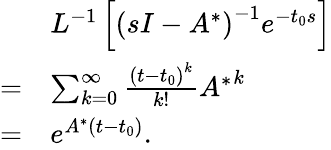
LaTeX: \begin{array}{rl}&{{L^{-1}}\left[{{{\left({sI-{A^{*}}}\right)}^{-1}}{e^{-{t_{0}s}}}}\right]}\\ {=}&{\sum_{k=0}^{\infty}{\frac{{{{(t-{t_{0}})}^{k}}}}{{k!}}{A^{*}}^{k}}}\\ {=}&{{e^{{A^{*}}(t-{t_{0}})}}.}\end{array}